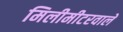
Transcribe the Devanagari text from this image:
मिलीमीटरवाले